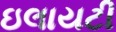
ઇલાયટી